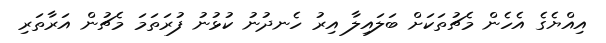
އިއްޔެގެ އެހެން މެޗުތަކަށް ބަލައިލާ އިރު ހެނދުނު ކުޅުނު ފުރަތަމަ މެޗުން އަރާތަރި